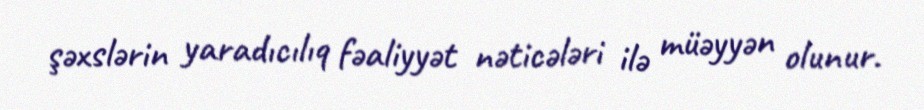
şəxslərin yaradıcılıq fəaliyyət nəticələri ilə müəyyən olunur.